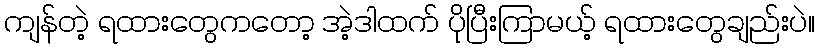
ကျန်တဲ့ ရထားတွေကတော့ အဲ့ဒါထက် ပိုပြီးကြာမယ့် ရထားတွေချည်းပဲ။